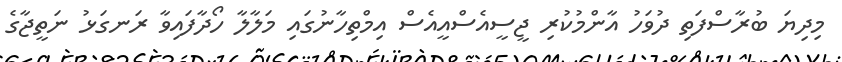
މިދިޔަ ބުރާސްފަތި ދުވަހު އާންމުކުރި ޖީސީއެސްއީއެސް އިމްތިހާނުގައި މަލާލާ ހޯދާފައިވާ ރަނގަޅު ނަތީޖާގެ